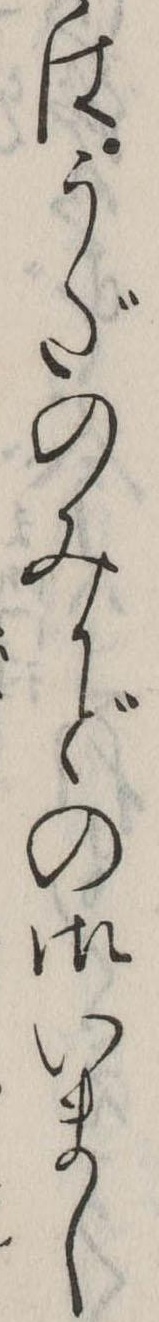
はうだのみかどの御いまし